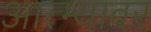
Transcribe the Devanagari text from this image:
आत्म्यावर